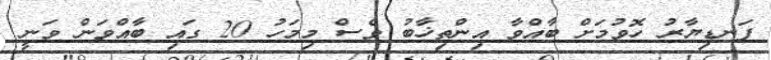
ފަނޑިޔާރު ހޮވުމަށް ބާއްވާ އިންތިޚާބު ވެސް މިމަހު 20 ގައި ބާއްވަން ވަނީ